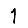
Digit: 1